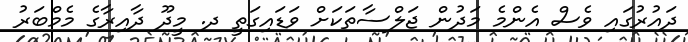
ދައުރުގައި ވެސް އެންމެ މަދުން ޖަލްސާތަކަށް ވަޑައިގަތީ ދ. މީދޫ ދާއިރާގެ މެމްބަރު